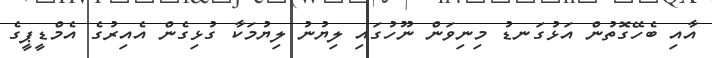
އާއި ބެހޭގޮތުން އަޅުގަނޑު މިނިވަން ނޫހުގައި ލިޔުނު ލިޔުމަކާ ގުޅިގެން އެއިރުގެ އެމްޑީޕީގެ